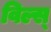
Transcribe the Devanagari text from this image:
विल्स्